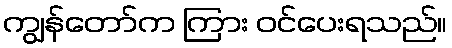
ကျွန်တော်က ကြား ဝင်ပေးရသည်။